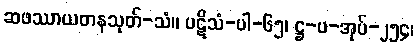
ဆဖဿာယတနသုတ်-သံ။ ပဋိသံ-ပါ-၆၅၊ ဋ္ဌ-ပ-အုပ်-၂၅၄၊